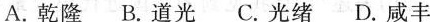
A.乾隆 B.道光 C.光绪 D.咸丰